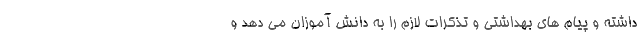
داشته و پیام های بهداشتی و تذکرات لازم را به دانش آموزان می دهد و